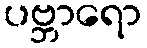
ပဗ္ဘာရော